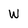
Character: W